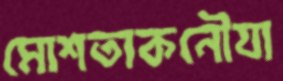
মোশতাকনৌযা